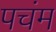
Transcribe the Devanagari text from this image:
पचंम